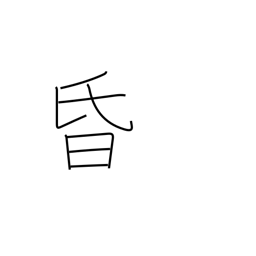
Meaning: dark